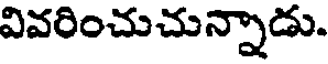
వివరించుచున్నాడు.